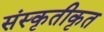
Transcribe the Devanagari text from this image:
संस्कृतीकृत